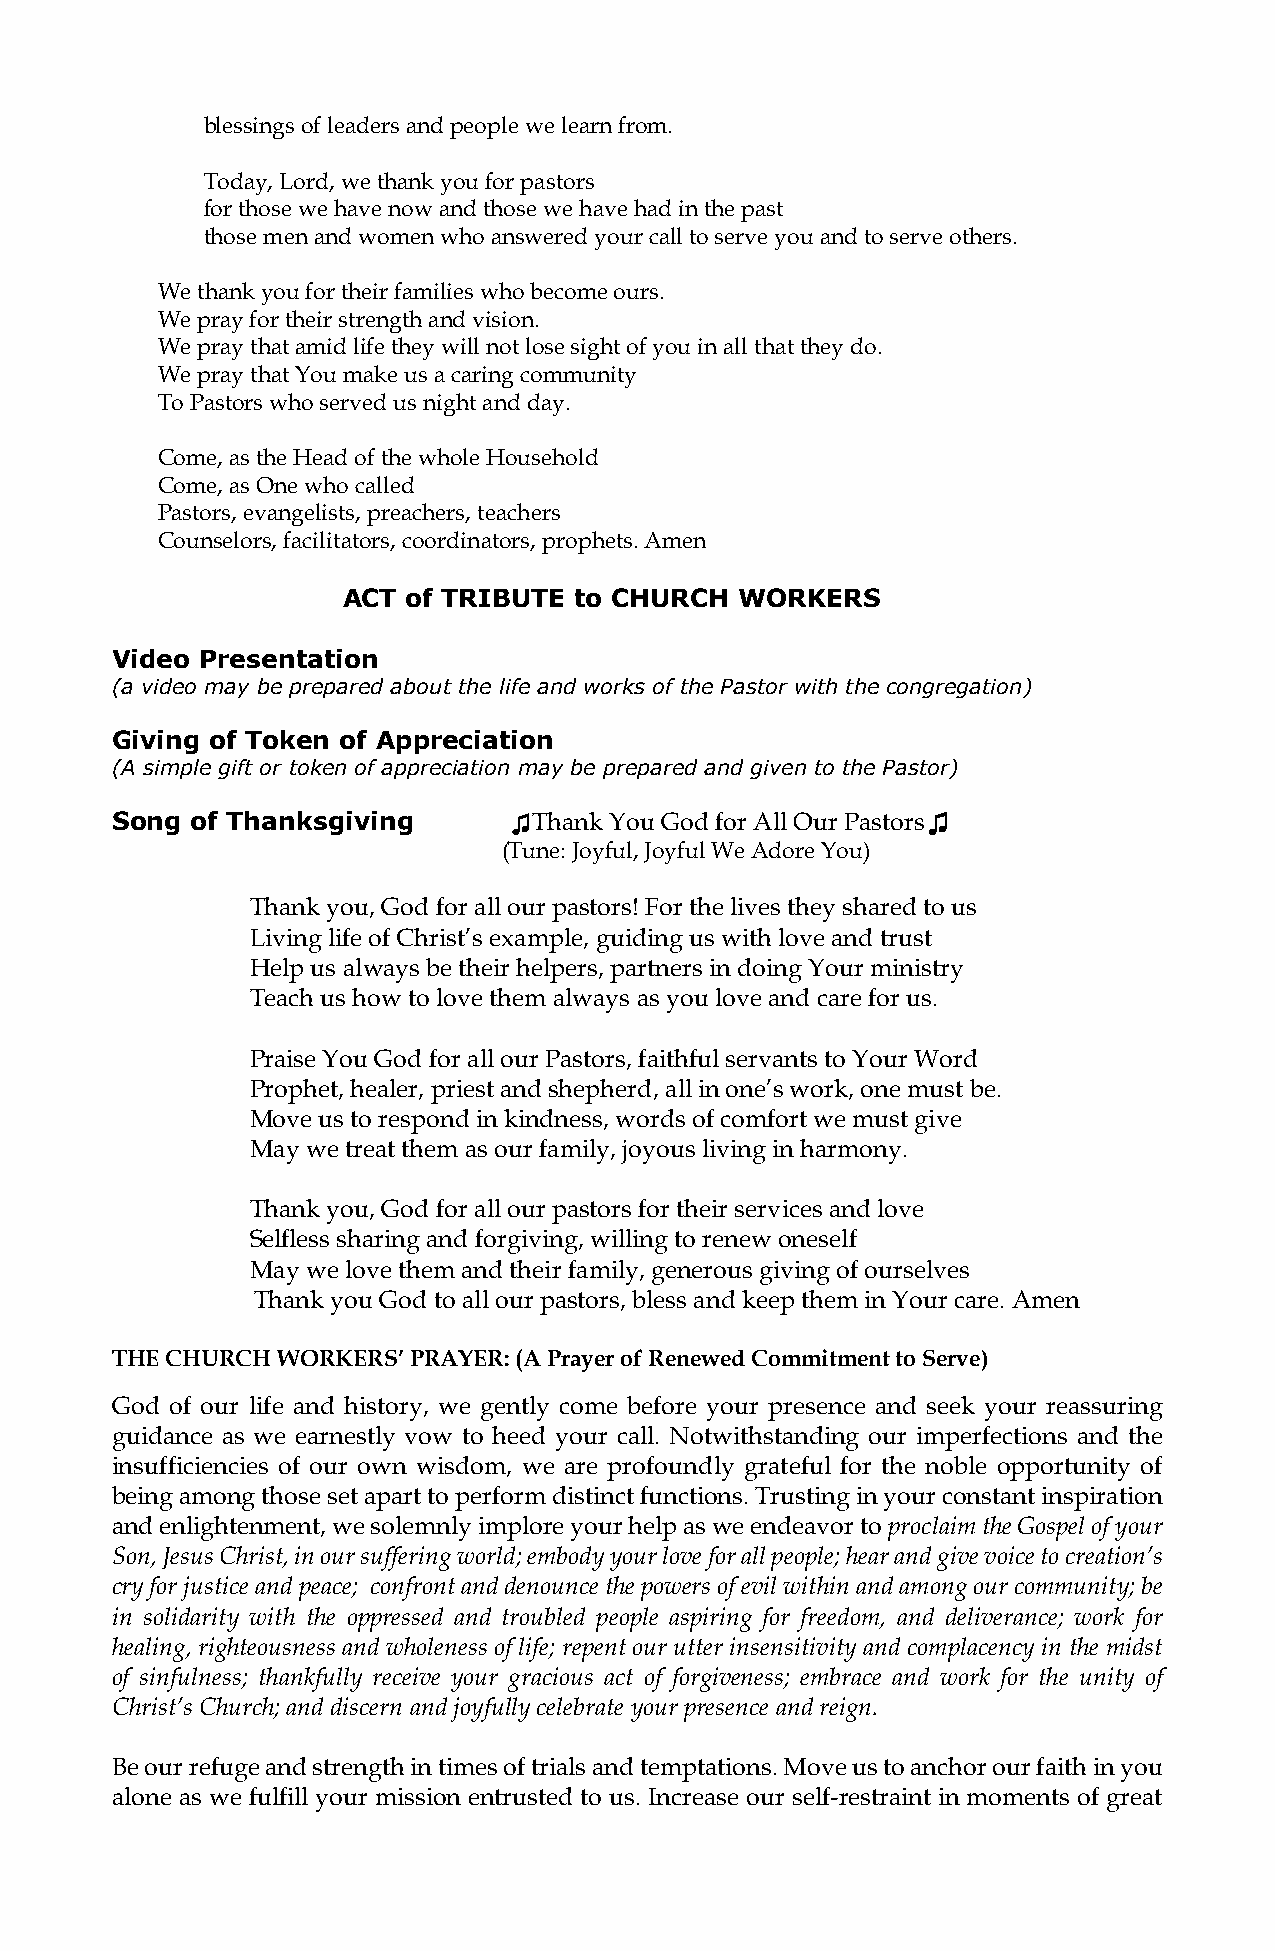
blessings of leaders and people we learn from.
 Today, Lord, we thank you for pastors
 for those we have now and those we have had in the past
 those men and women who answered your call to serve you and to serve others.
 We thank you for their families who become ours.
 We pray for their strength and vision.
 We pray that amid life they will not lose sight of you in all that they do.
 We pray that You make us a caring community
 To Pastors who served us night and day.
 Come, as the Head of the whole Household
 Come, as One who called
 Pastors, evangelists, preachers, teachers
 Counselors, facilitators, coordinators, prophets. Amen
 ACT of TRIBUTE to CHURCH  WORKERS
 Video Presentation
 (a video may be prepared about the life and works of the Pastor with the congregation)
 Giving of Token of Appreciation
 (A simple gift or token of appreciation may be prepared and given to the Pastor)
 Song  of Thanksgiving      ♫Thank You God for All Our Pastors♫
 (Tune: Joyful, Joyful We Adore You)
 Thank you, God for all our pastors! For the lives they shared to us
 Living life of Christ’s example, guiding us with love and trust
 Help us always be their helpers, partners in doing Your ministry
 Teach us how to love them always as you love and care for us.
 Praise You God for all our Pastors, faithful servants to Your Word
 Prophet, healer, priest and shepherd, all in one’s work, one must be.
 Move us to respond in kindness, words of comfort we must give
 May we treat them as our family, joyous living in harmony.
 Thank you, God for all our pastors for their services and love
 Selfless sharing and forgiving, willing to renew oneself
 May we love them and their family, generous giving of ourselves
 Thank you God to all our pastors, bless and keep them in Your care. Amen
 THE CHURCH WORKERS’ PRAYER: (A Prayer of Renewed Commitment to Serve)
 God of our life and history, we gently come before your presence and seek your reassuring
 guidance as we earnestly vow to heed your call. Notwithstanding our imperfections and the
 insufficiencies of our own wisdom, we are profoundly grateful for the noble opportunity of
 being among those set apart to perform distinct functions. Trusting in your constant inspiration
 and enlightenment, we solemnly implore your help as we endeavor to proclaim the Gospel of your
 Son, Jesus Christ, in our suffering world; embody your love for all people; hear and give voice to creation’s
 cry for justice and peace; confront and denounce the powers of evil within and among our community; be
 in solidarity with the oppressed and troubled people aspiring for freedom, and deliverance; work for
 healing, righteousness and wholeness of life; repent our utter insensitivity and complacency in the midst
 of sinfulness; thankfully receive your gracious act of forgiveness; embrace and work for the unity of
 Christ’s Church; and discern and joyfully celebrate your presence and reign.
 Be our refuge and strength in times of trials and temptations. Move us to anchor our faith in you
 alone as we fulfill your mission entrusted to us. Increase our self-restraint in moments of great